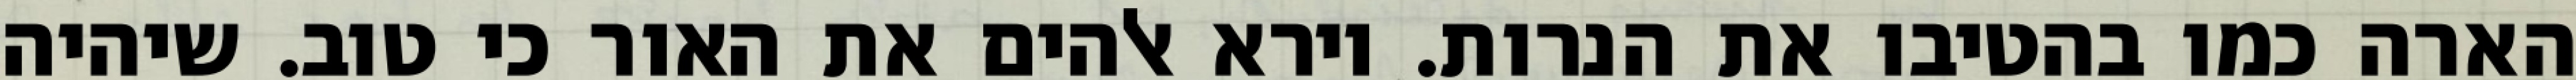
הארה כמו בהטיבו את הנרות. וירא אלהים את האור כי טוב. שיהיה